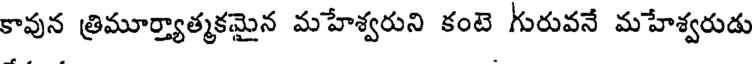
కావున త్రిమూర్త్యాత్మకమైన మహేశ్వరుని కంటె గురువనే మహేశ్వరుడు